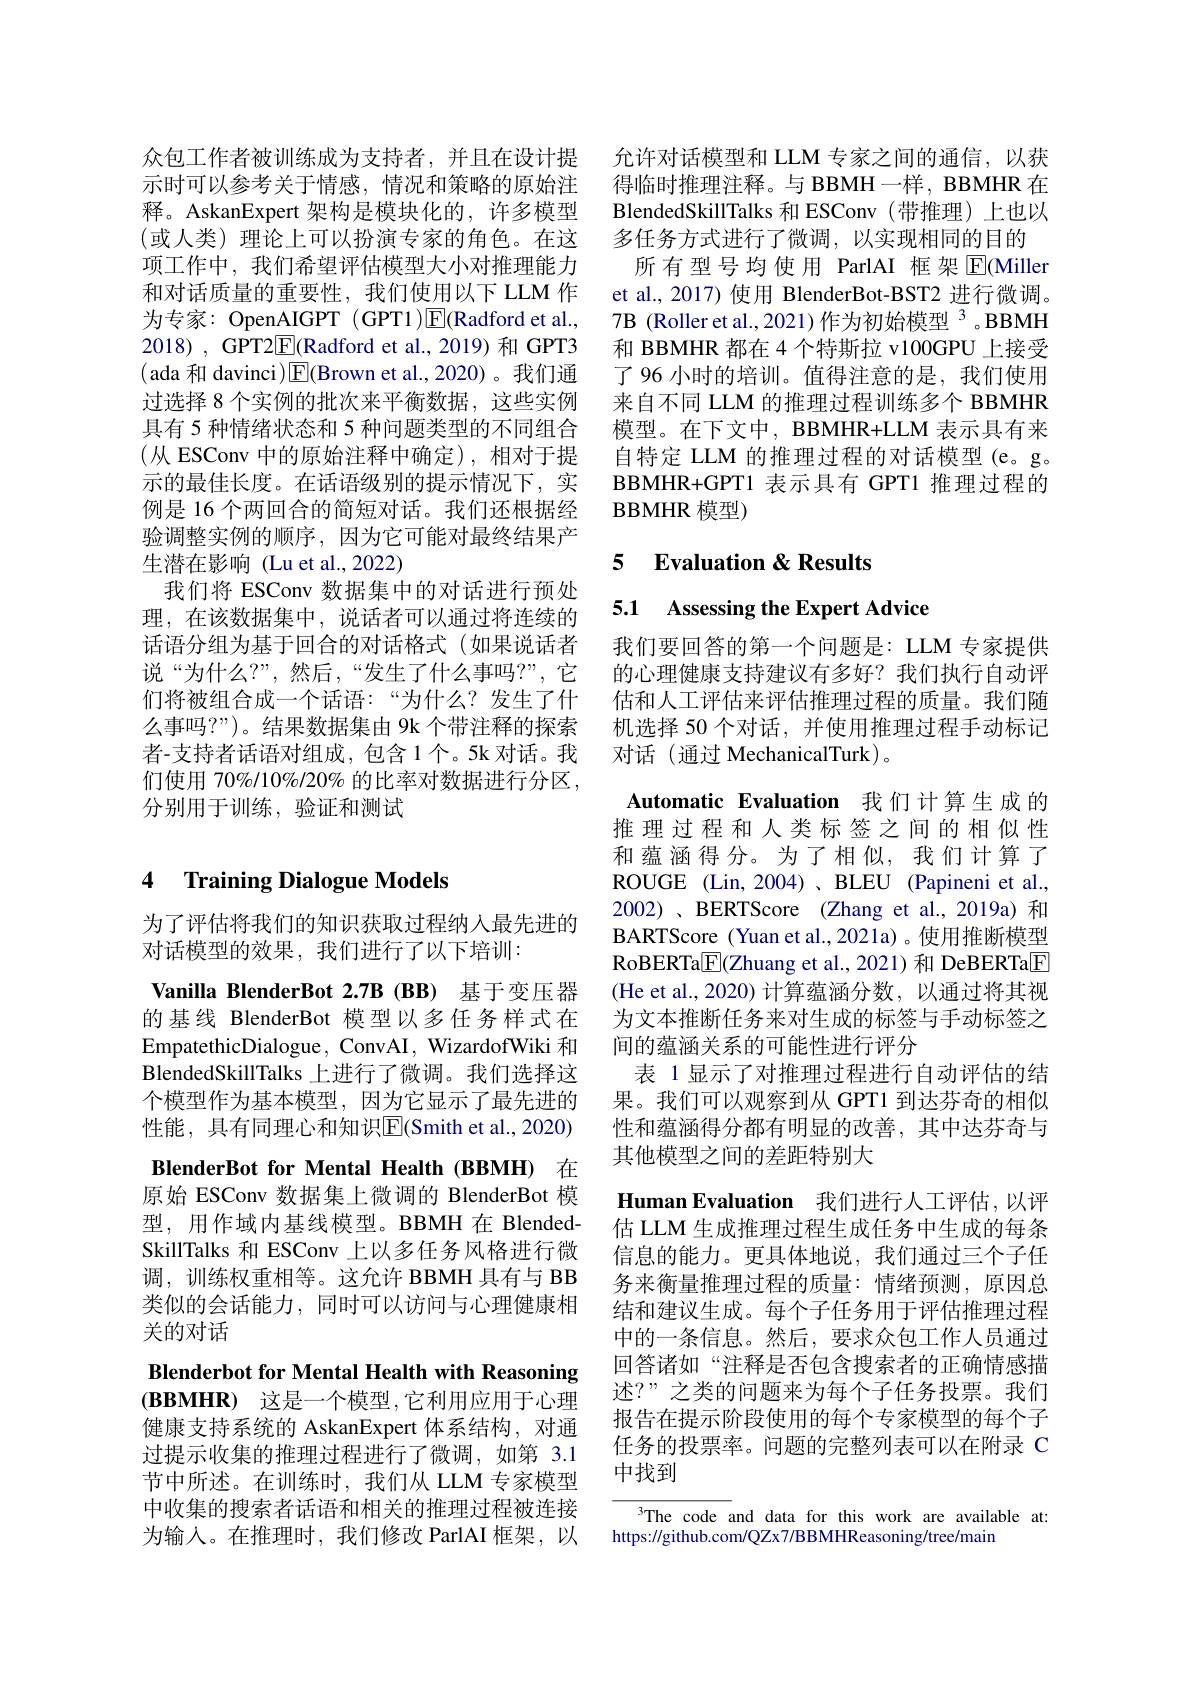
项工作中，我们希望评估模型大小对推理能力和对话质量的重要性，我们使用以下 LLM 作为专家：OpenAIGPT (GPT1)E(Radford et al., 2018),GPT2$\underline{\mathrm{E}}($Radford et al.,2019)和GPT3 ( ada 和 davinci $)\boxed{\mathrm{F}}($Brown et al.,2020)。我们通过选择 8 个实例的批次来平衡数据，这些实例具有 5 种情绪状态和 5 种问题类型的不同组合(从 ESConv 中的原始注释中确定),相对于提示的最佳长度。在话语级别的提示情况下，实例是 16 个两回合的简短对话。我们还根据经验调整实例的顺序，因为它可能对最终结果产生潜在影响(Lu et al.,2022)
我们将 ESConv 数据集中的对话进行预处理，在该数据集中，说话者可以通过将连续的话语分组为基于回合的对话格式(如果说话者说“为什么？”,然后，“发生了什么事吗？”,它们将被组合成一个话语：“为什么？发生了什么事吗？”)。结果数据集由 9k 个带注释的探索者-支持者话语对组成，包含1个。5k对话。我们使用 70%/10%/20% 的比率对数据进行分区， 分别用于训练，验证和测试

## 4 Training Dialogue Models

为了评估将我们的知识获取过程纳入最先进的
对话模型的效果，我们进行了以下培训：

Vanilla BlenderBot 2.7B (BB) 基于变压器的基线 BlenderBot 模型以多任务样式在EmpatethicDialogue, ConvAI, WizardofWiki 和BlendedSkillTalks 上进行了微调。我们选择这个模型作为基本模型，因为它显示了最先进的性能，具有同理心和知识$\boxed{\mathrm{E}}($Smith et al.,2020) BlenderBot for Mental Health (BBMH) 在原始 ESConv 数据集上微调的 BlenderBot 模型，用作域内基线模型。BBMH 在 BlendedSkillTalks 和 ESConv 上以多任务风格进行微调，训练权重相等。这允许 BBMH 具有与 BB 类似的会话能力，同时可以访问与心理健康相关的对话

Blenderbot for Mental Health with Reasoning $( \textbf{В В М Н R) 这 是 一 个 模 型 , 它 利 用 应 用 于 心 理 }$ 健康支持系统的 AskanExpert 体系结构，对通过提示收集的推理过程进行了微调，如第 3.1节中所述。在训练时，我们从 LLM 专家模型中收集的搜索者话语和相关的推理过程被连接为输入。在推理时，我们修改 ParlAI 框架，以

众包工作者被训练成为支持者，并且在设计提 允许对话模型和 LLM 专家之间的通信，以获示时可以参考关于情感，情况和策略的原始注 得临时推理注释。与 BBMH一样，BBMHR 在释。AskanExpert 架构是模块化的，许多模型 BlendedSkillTalks 和 ESConv (带推理)上也以(或人类)理论上可以扮演专家的角色。在这 多任务方式进行了微调，以实现相同的目的
所有型号均使用 ParlAI 框架$\overline{\mathrm{E}}$(Miller et al., 2017) 使用 BlenderBot-BST2 进行微调。7B (Roller et al., 2021) 作为初始模型 3。BBMH 和 BBMHR 都在 4 个特斯拉 v100GPU 上接受了 96 小时的培训。值得注意的是，我们使用来自不同 LLM 的推理过程训练多个 BBMHR 模型。在下文中，BBMHR+LLM 表示具有来自特定 LLM 的推理过程的对话模型(e。g。BBMHR+ GPT1 表 示 具 有 GPT1 推 理 过 程 的 $BBMHR$ 模型)

## 5 Evaluation &Results

5.1 Assessing the Expert Advice

我们要回答的第一个问题是：LLM 专家提供的心理健康支持建议有多好？我们执行自动评估和人工评估来评估推理过程的质量。我们随机选择 50 个对话，并使用推理过程手动标记对话(通过 MechanicalTurk)。
Automatic Evaluation 我们计算生成的推理过程和人类标签之间的相似性和蕴涵得分。为了相似，我们计算了ROUGE (Lin,2004)、BLEU (Papineni et al., 2002)、BERTScore (Zhang et al.,2019a) 和BARTScore (Yuan et al., 2021a)。使用推断模型RoBERTa$\boxed{\mathrm{F}}($Zhuang et al., 2021) 和 DeBERTa$\boxed{\mathrm{F}}$ (He et al.,2020)计算蕴涵分数，以通过将其视为文本推断任务来对生成的标签与手动标签之间的蕴涵关系的可能性进行评分
表 1显示了对推理过程进行自动评估的结果。我们可以观察到从 GPT1 到达芬奇的相似性和蕴涵得分都有明显的改善，其中达芬奇与其他模型之间的差距特别大
Human Evaluation 我们进行人工评估，以评估 LLM 生成推理过程生成任务中生成的每条信息的能力。更具体地说，我们通过三个子任务来衡量推理过程的质量：情绪预测，原因总结和建议生成。每个子任务用于评估推理过程中的一条信息。然后，要求众包工作人员通过回答诸如“注释是否包含搜索者的正确情感描述？”之类的问题来为每个子任务投票。我们报告在提示阶段使用的每个专家模型的每个子任务的投票率。问题的完整列表可以在附录 C 中找到
$^{3}$The code and data for this work are available at:

https://github.com/QZx7/BBMHReasoning/tree/main